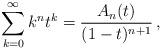
LaTeX: \begin{align*}\sum_{k=0}^\infty k^n t^k = \frac{A_n(t)}{(1-t)^{n+1}}\,,\end{align*}